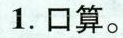
1. 口算。